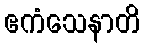
ဧကံသေနာတိ